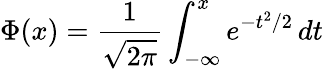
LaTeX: \Phi(x)={\frac{1}{\sqrt{2\pi}}}\int_{-\infty}^{x}e^{-t^{2}/2}\, dt